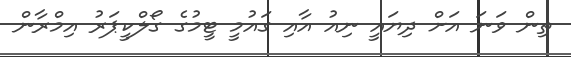
ތިން ވަނަ އަށް ދިޔައީ ނިއު އާއި ގައުމީ ޓީމުގެ ގޯލްކީޕަރު އިމްރާން